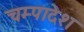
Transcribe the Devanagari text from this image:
चम्पादेश